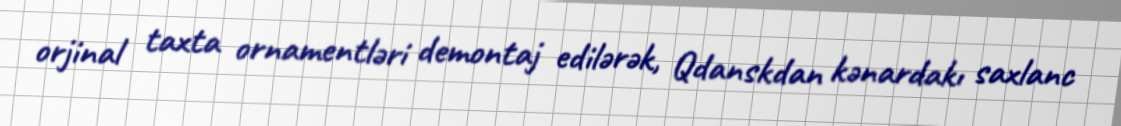
orjinal taxta ornamentləri demontaj edilərək, Qdanskdan kənardakı saxlanc